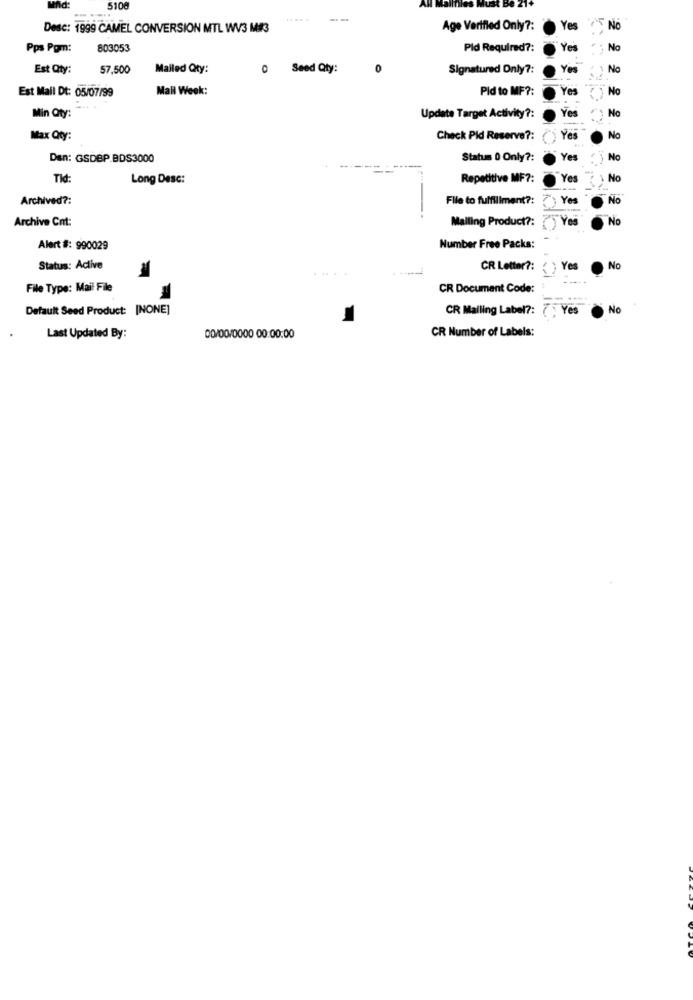
5100
--
Desc: 1999 CAMEL CONVERSION MTL WV3 M#3
Age Verified Only ?:
Yes
Nc
Pps Pom:
803053
Pid Required ?:
Yes
No
Est Qty:
57,500
Mailed Qty:
0 Seed Qty:
0
Signatured Only ?:
Yes
No
Est Mail Dt: 05/07/99
Mall Week:
Pid to MF ?:
Yes
No
Yes
No
Min Qty:
Update Target Activity ?:
Max Qty:
Check Pid Reserve ?:
Yes
No
Dan: GSDBP BDS3000
Status 0 Only ?:
Yes
No
Tid:
Long Desc:
Repetitive MF ?:
Yes
No
Archived ?:
File to fulfillment ?:
Yes
No
Archive Cnt:
Mailing Product ?:
Yes
No
IC
Alert #: 990029
Number Free Packs:
Status: Active
....
CR Letter ?:
{ ) Yes
No
File Type: Mail File
CR Document Code:
Default Seed Product: [NONE]
CR Mailing Label ?: 7. Yes
No
CR Number of Labels:
Last Updated By:
00/00/0000 00:00:00